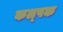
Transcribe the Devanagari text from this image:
कल्‍पक